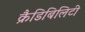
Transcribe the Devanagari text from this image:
क्रैडिबिलिटी